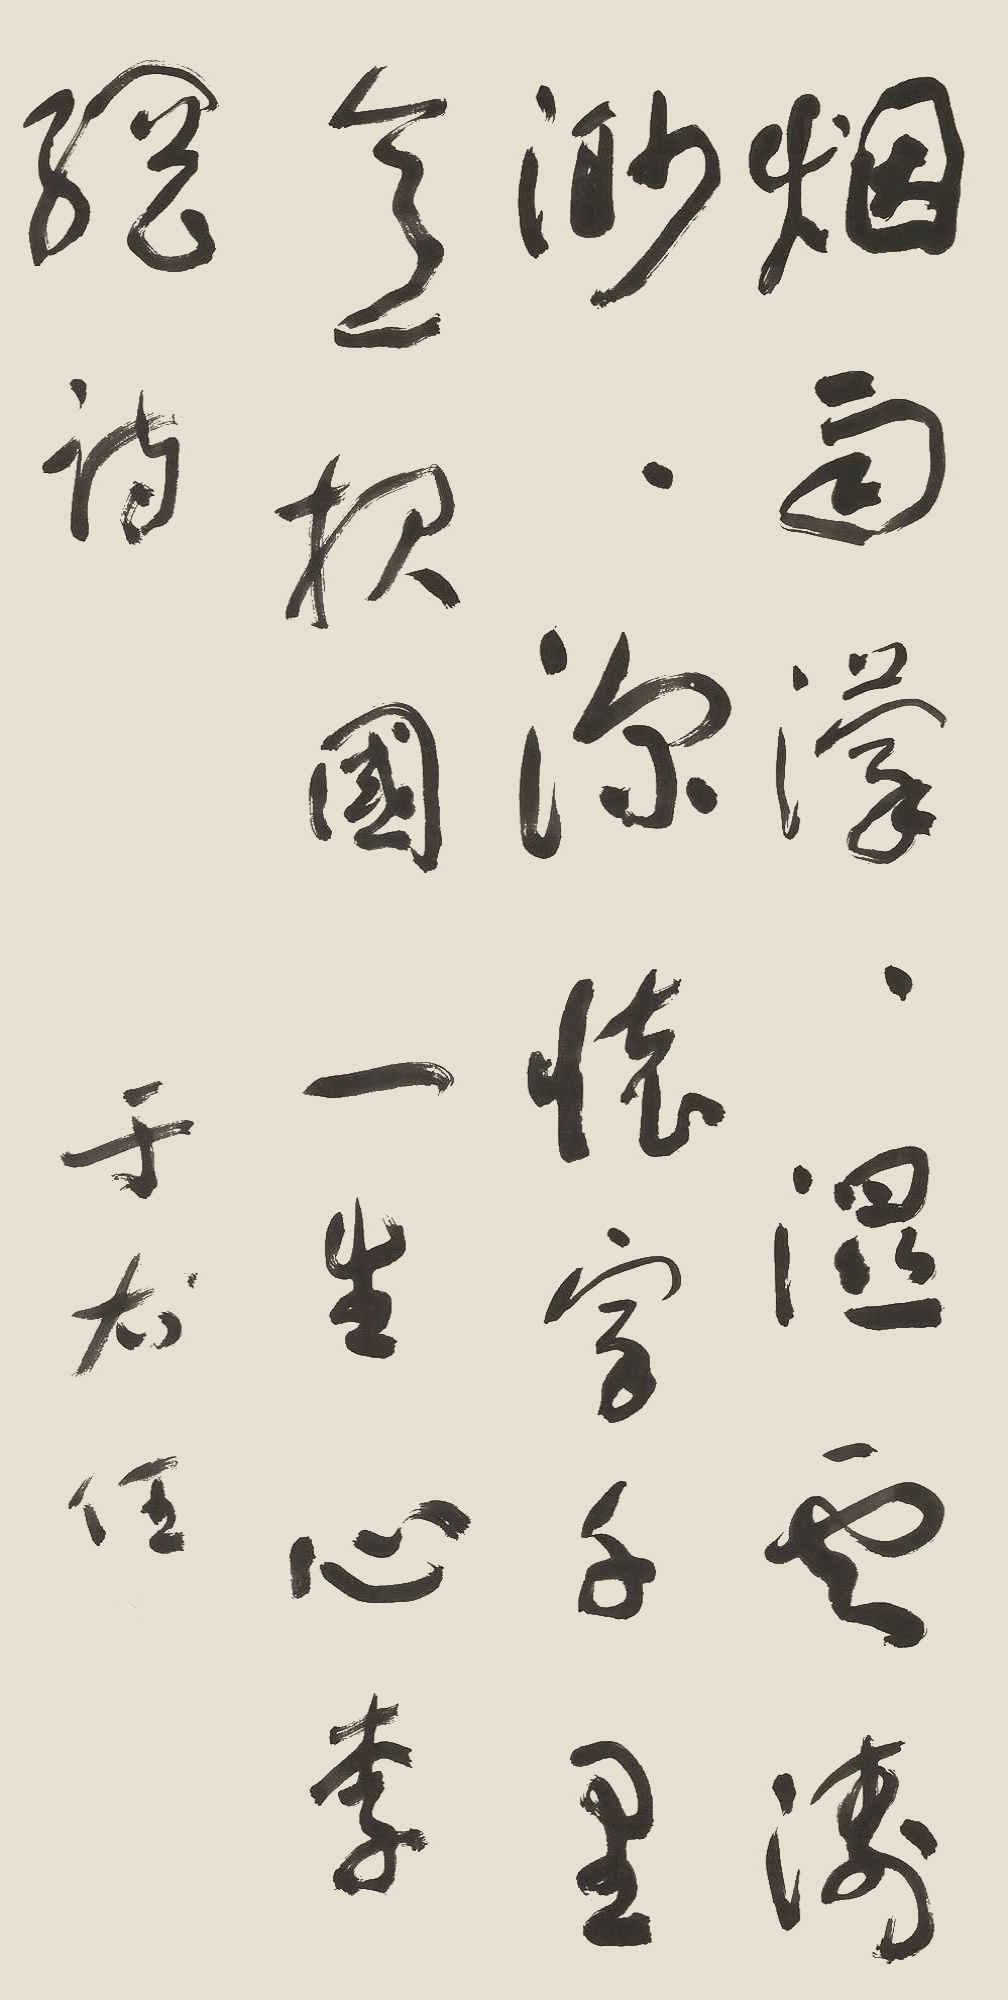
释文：烟雨蒙蒙湿，云涛渺渺深。怀家千里意，报国一生心。李纲诗。于右任。